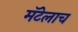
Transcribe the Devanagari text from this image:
मॅटेलाच